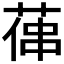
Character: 𦵋